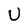
Character: U